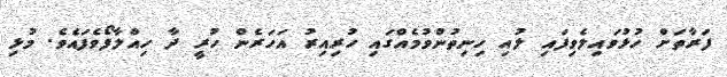
ފަރާތަށް ހުޅުވައިލެވިފައި ލުއި ހިނިތުންވުމެއްގައި ހުރިއިރު އަހަރެން ހުރީ ދާ ހިއްލާފޯވެފައެވެ. މުޅި